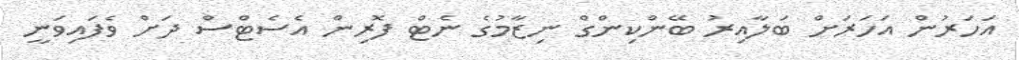
އަހަރުން އަހަރަށް ބަލާއިރު ބޭންކިންގް ނިޒާމުގެ ނެޓް ފޮރިން އެސެޓްސް ދަށް ވެފައިވަނީ